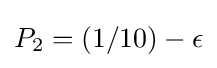
P_{2}=(1/10)-\epsilon